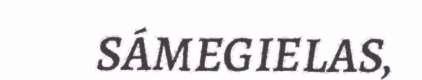
SÁMEGIELAS,